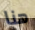
هنا